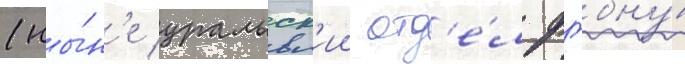
(ны́н'е уральск'ии отд'е́л фгбну́